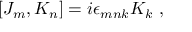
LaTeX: [ J _ { m } , K _ { n } ] = i \epsilon _ { m n k } K _ { k } ~ ,